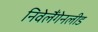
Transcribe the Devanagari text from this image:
निवेलैंगेनलीड